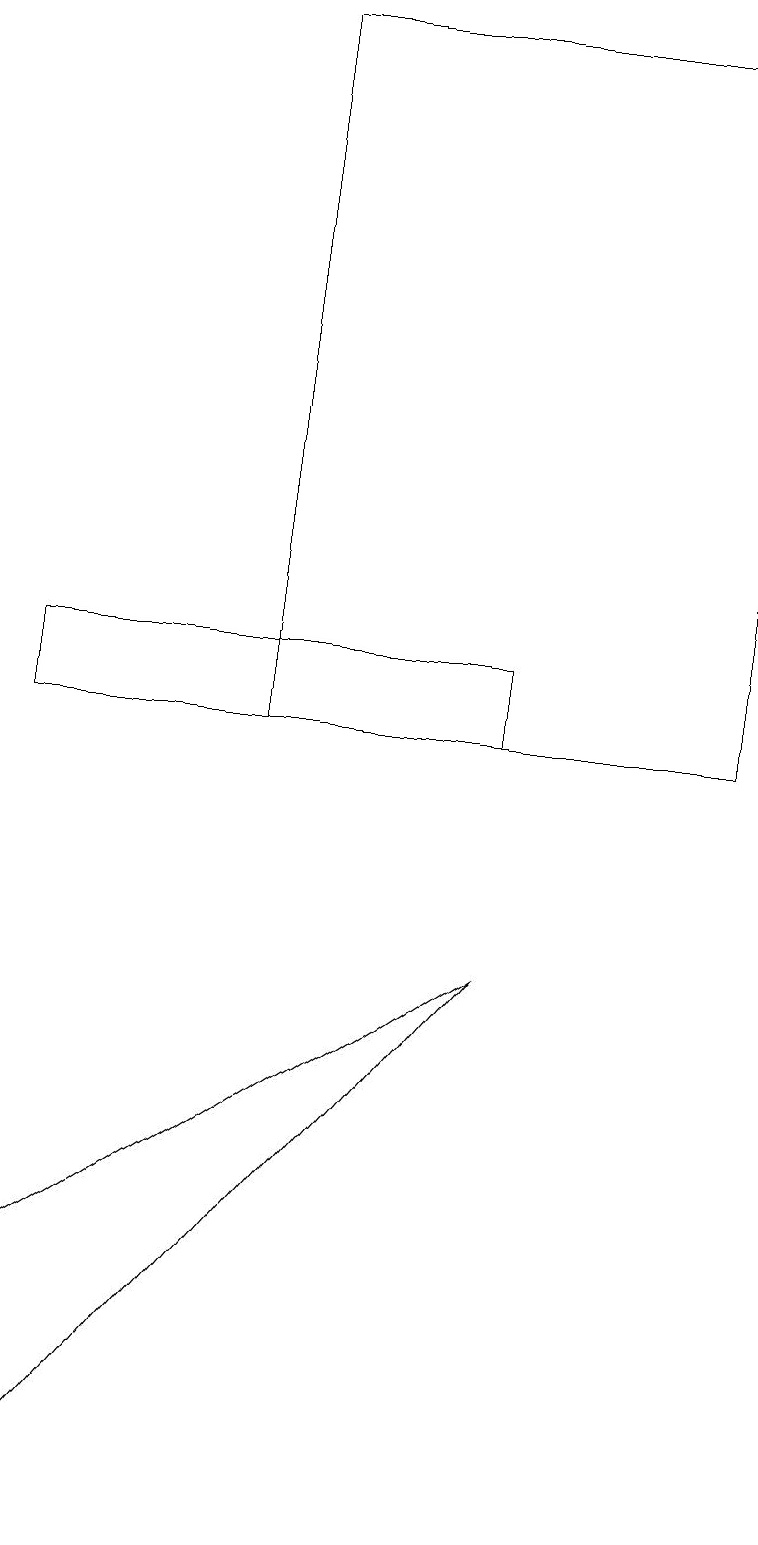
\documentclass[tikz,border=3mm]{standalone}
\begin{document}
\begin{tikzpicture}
\draw (0,11) rectangle (6,10);
\draw (0,0) -- (6,7) -- (0,3) -- cycle;
\draw (9,19) rectangle (3,10);
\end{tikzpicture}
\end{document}